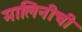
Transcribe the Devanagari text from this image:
मालिनीची